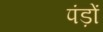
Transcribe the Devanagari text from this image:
पंड़ों